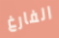
الفارغ